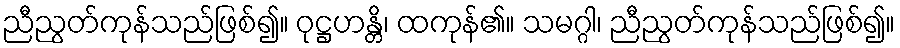
ညီညွတ်ကုန်သည်ဖြစ်၍။ ဝုဋ္ဌဟန္တိ၊ ထကုန်၏။ သမဂ္ဂါ၊ ညီညွတ်ကုန်သည်ဖြစ်၍။